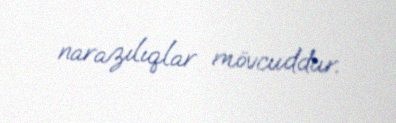
narazılıqlar mövcuddur.